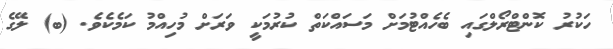
ހަކުރު ކޮންޓްރޯލްގައި ބެހެއްޓުމަށް މަސައްކަތް ކުރުމަކީ ވަރަށް މުހިއްމު ކަމެކެވެ. (ބ) ލޭގެ